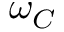
\omega _ { C }